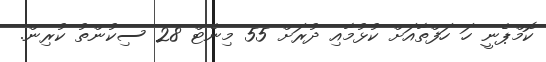
ކޮމްޕެނީ ހަ ހަފްތާއަށް ކުޅުމާއި ދުރަށް 55 މިނެޓް 28 ސިކުންތު ކުރިން.